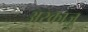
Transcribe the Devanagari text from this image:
अरकाज़ू